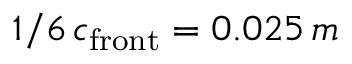
1 / 6 \, c _ { \mathrm { f r o n t } } = 0 . 0 2 5 \, m